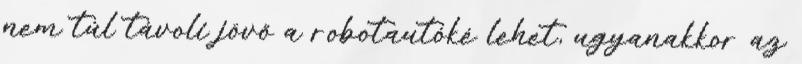
nem túl távoli jövő a robotautóké lehet, ugyanakkor az